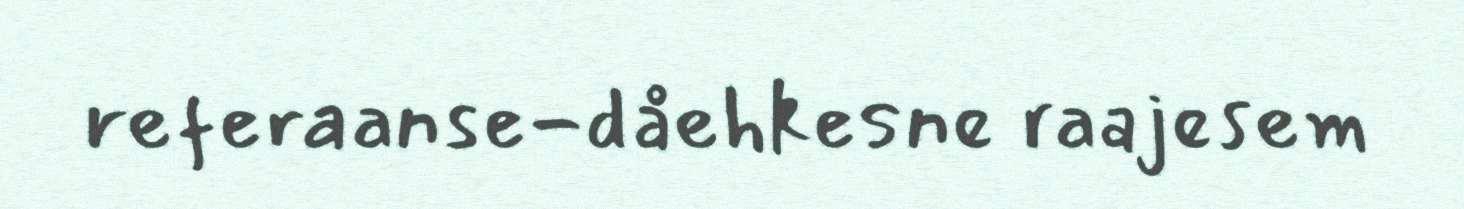
referaanse-dåehkesne raajesem